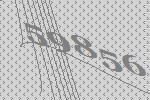
59856